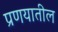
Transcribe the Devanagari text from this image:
प्रणयातील